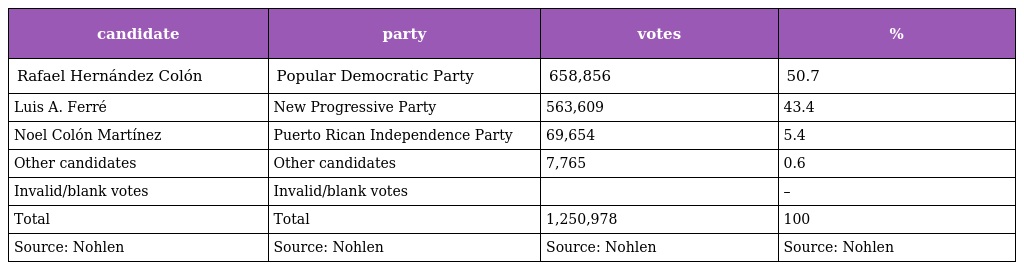
| candidate | party | votes | % |
 | --- | --- | --- | --- |
 | Rafael Hernández Colón | Popular Democratic Party | 658,856 | 50.7 |
 | Luis A. Ferré | New Progressive Party | 563,609 | 43.4 |
 | Noel Colón Martínez | Puerto Rican Independence Party | 69,654 | 5.4 |
 | Other candidates | Other candidates | 7,765 | 0.6 |
 | Invalid/blank votes | Invalid/blank votes |  | – |
 | Total | Total | 1,250,978 | 100 |
 | Source: Nohlen | Source: Nohlen | Source: Nohlen | Source: Nohlen |